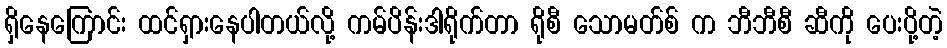
ရှိနေကြောင်း ထင်ရှားနေပါတယ်လို့ ကမ်ပိန်းဒါရိုက်တာ ရိုစီ သောမတ်စ် က ဘီဘီစီ ဆီကို ပေးပို့တဲ့